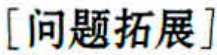
[问题拓展]